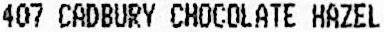
407 CADBURY CHOCOLATE HAZEL